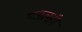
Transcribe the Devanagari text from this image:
मजलही